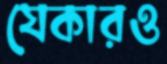
যেকারও